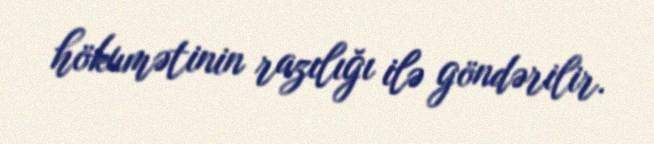
hökumətinin razılığı ilə göndərilir.